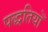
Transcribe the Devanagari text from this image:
पद्धतियोँ